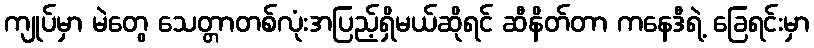
ကျုပ်မှာ မဲတွေ သေတ္တာတစ်လုံးအပြည့်ရှိမယ်ဆိုရင် ဆီနိတ်တာ ကနေဒီရဲ့ ခြေရင်းမှာ